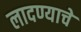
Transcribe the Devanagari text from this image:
लादण्याचे